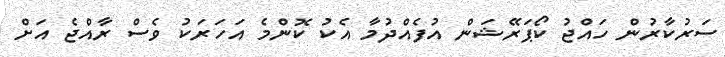
ސަރުކާރުން ހައްޖު ކޯޕަރޭޝަން އުފެއްދުމާ އެކު ކޮންމެ އަހަރަކު ވެސް ރާއްޖެ އަށް